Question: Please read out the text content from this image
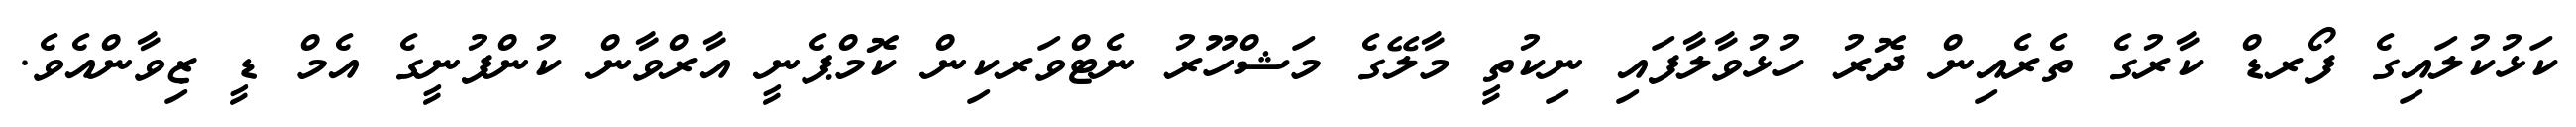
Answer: ކަޅުކުލައިގެ ފޯރޑް ކާރުގެ ތެރެއިން ދޮރު ހުޅުވާލާފައި ނިކުތީ މާލޭގެ މަޝްހޫރު ނެޓްވަރކިން ކޮމްޕެނީ އާރްވާން ކުންފުނީގެ އެމް ޑީ ޒިވާންއެވެ.